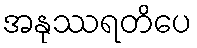
အနုဿရတိပေ